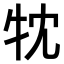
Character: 𤘣